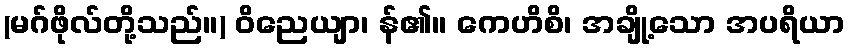
(မဂ်ဖိုလ်တို့သည်။) ဝိညေယျာ၊ န်၏။ ကေဟိစိ၊ အချို့သော အပရိယာ